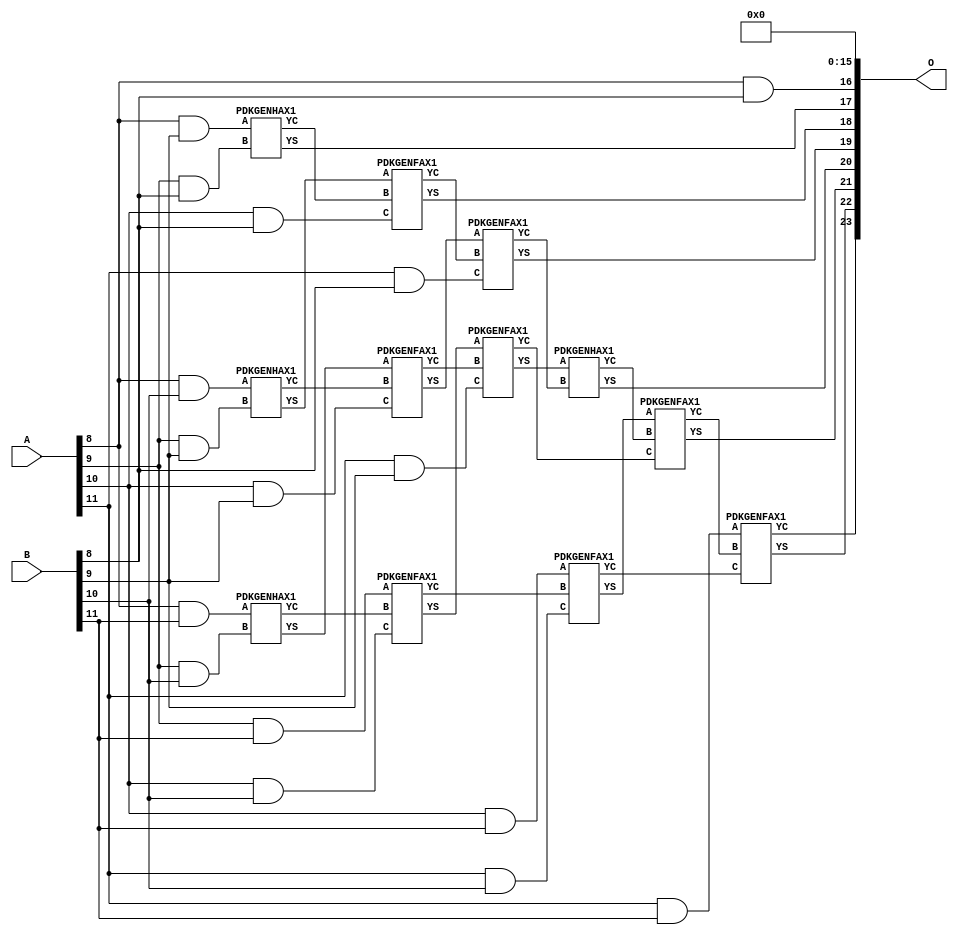
/***
* This code is a part of EvoApproxLib library (ehw.fit.vutbr.cz/approxlib) distributed under The MIT License.
* When used, please cite the following article(s): V. Mrazek, Z. Vasicek, L. Sekanina, H. Jiang and J. Han, "Scalable Construction of Approximate Multipliers With Formally Guaranteed Worst Case Error" in IEEE Transactions on Very Large Scale Integration (VLSI) Systems, vol. 26, no. 11, pp. 2572-2576, Nov. 2018. doi: 10.1109/TVLSI.2018.2856362 
* This file contains a circuit from a sub-set of pareto optimal circuits with respect to the pwr and mse parameters
***/
// MAE% = 3.02 %
// MAE = 505856 
// WCE% = 12.06 %
// WCE = 2023425 
// WCRE% = 100.00 %
// EP% = 99.95 %
// MRE% = 26.71 %
// MSE = 36219.961e7 
// PDK45_PWR = 0.055 mW
// PDK45_AREA = 167.5 um2
// PDK45_DELAY = 0.62 ns


module mul12u_33E ( A, B, O );
  input [11:0] A;
  input [11:0] B;
  output [23:0] O;

  wire C_10_10,C_10_8,C_10_9,C_11_10,C_11_8,C_11_9,C_12_10,C_12_8,C_12_9,C_9_10,C_9_8,C_9_9,S_10_10,S_10_11,S_10_6,S_10_7,S_10_8,S_10_9,S_11_10,S_11_11,S_11_5,S_11_6,S_11_7,S_11_8,S_11_9,S_12_10,S_12_11,S_12_4,S_12_5,S_12_6,S_12_7,S_12_8,S_12_9,S_8_10,S_8_11,S_8_8,S_8_9,S_9_10,S_9_11,S_9_7,S_9_8,S_9_9;

  assign S_8_8 = (A[8] & B[8]);
  assign S_8_9 = (A[8] & B[9]);
  assign S_8_10 = (A[8] & B[10]);
  assign S_8_11 = (A[8] & B[11]);
  assign S_9_7 = S_8_8;
  PDKGENHAX1 U3765 (.A(S_8_9), .B((A[9] & B[8])), .YS(S_9_8), .YC(C_9_8));
  PDKGENHAX1 U3766 (.A(S_8_10), .B((A[9] & B[9])), .YS(S_9_9), .YC(C_9_9));
  PDKGENHAX1 U3767 (.A(S_8_11), .B((A[9] & B[10])), .YS(S_9_10), .YC(C_9_10));
  assign S_9_11 = (A[9] & B[11]);
  assign S_10_6 = S_9_7;
  assign S_10_7 = S_9_8;
  PDKGENFAX1 U3777 (.A(S_9_9), .B(C_9_8), .C((A[10] & B[8])), .YS(S_10_8), .YC(C_10_8));
  PDKGENFAX1 U3778 (.A(S_9_10), .B(C_9_9), .C((A[10] & B[9])), .YS(S_10_9), .YC(C_10_9));
  PDKGENFAX1 U3779 (.A(S_9_11), .B(C_9_10), .C((A[10] & B[10])), .YS(S_10_10), .YC(C_10_10));
  assign S_10_11 = (A[10] & B[11]);
  assign S_11_5 = S_10_6;
  assign S_11_6 = S_10_7;
  assign S_11_7 = S_10_8;
  PDKGENFAX1 U3789 (.A(S_10_9), .B(C_10_8), .C((A[11] & B[8])), .YS(S_11_8), .YC(C_11_8));
  PDKGENFAX1 U3790 (.A(S_10_10), .B(C_10_9), .C((A[11] & B[9])), .YS(S_11_9), .YC(C_11_9));
  PDKGENFAX1 U3791 (.A(S_10_11), .B(C_10_10), .C((A[11] & B[10])), .YS(S_11_10), .YC(C_11_10));
  assign S_11_11 = (A[11] & B[11]);
  assign S_12_4 = S_11_5;
  assign S_12_5 = S_11_6;
  assign S_12_6 = S_11_7;
  assign S_12_7 = S_11_8;
  PDKGENHAX1 U3801 (.A(S_11_9), .B(C_11_8), .YS(S_12_8), .YC(C_12_8));
  PDKGENFAX1 U3802 (.A(S_11_10), .B(C_12_8), .C(C_11_9), .YS(S_12_9), .YC(C_12_9));
  PDKGENFAX1 U3803 (.A(S_11_11), .B(C_12_9), .C(C_11_10), .YS(S_12_10), .YC(C_12_10));
  assign S_12_11 = C_12_10;
  assign O = {S_12_11,S_12_10,S_12_9,S_12_8,S_12_7,S_12_6,S_12_5,S_12_4,1'b0,1'b0,1'b0,1'b0,1'b0,1'b0,1'b0,1'b0,1'b0,1'b0,1'b0,1'b0,1'b0,1'b0,1'b0,1'b0};

endmodule

/* mod */
module PDKGENHAX1( input A, input B, output YS, output YC );
    assign YS = A ^ B;
    assign YC = A & B;
endmodule
/* mod */
module PDKGENFAX1( input A, input B, input C, output YS, output YC );
    assign YS = (A ^ B) ^ C;
    assign YC = (A & B) | (B & C) | (A & C);
endmodule